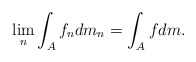
\begin{align*} \lim_n \int_{A} f_ndm_n = \int_{A} fdm.\end{align*}